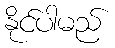
နိုင်ပါမည်